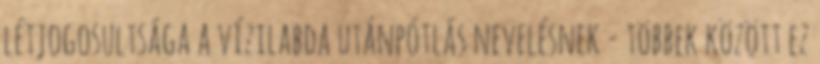
létjogosultsága a vízilabda utánpótlás nevelésnek - többek között ez